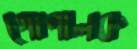
গোপালক